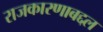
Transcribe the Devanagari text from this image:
राजकारणाबद्दल